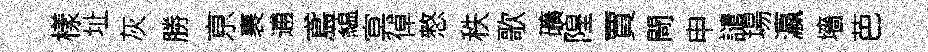
樣址灰勝亰裹逋鳶藴㝠倬憗秩歌礦隍賈閜申譴場瀛墻芭